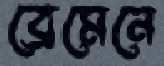
ব্রেমেনে